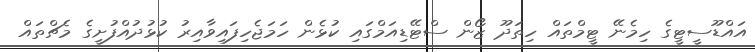
އައްޑޫސީޓީގެ ހިމެނޭ ޓީމްތައް ހިތަދޫ ޒޯން ސްޓޭޑިއަމްގައި ކުޅެން ހަމަޖެހިފައިވާއިރު ކުޅުދުއްފުށީގެ މެޗްތައް